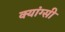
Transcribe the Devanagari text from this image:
क्यांग्सी